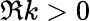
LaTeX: \Re k>0